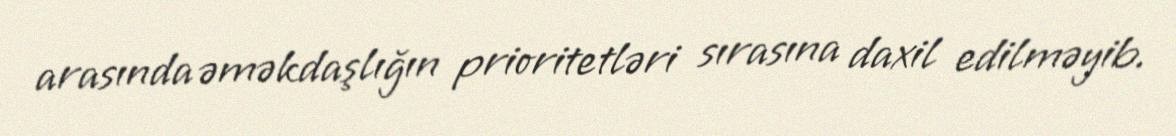
arasında əməkdaşlığın prioritetləri sırasına daxil edilməyib.